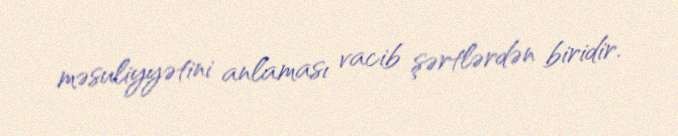
məsuliyyətini anlaması vacib şərtlərdən biridir.